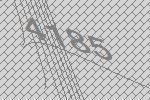
4185